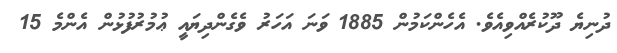
ދުނިޔެ ދޫކުރެއްވިއެވެ. އެހެންކަމުން 1885 ވަނަ އަހަރު ވެގެންދިޔައީ ޢުމުރުފުޅުން އެންމެ 15